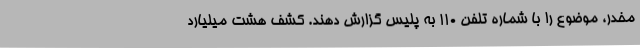
مخدر، موضوع را با شماره تلفن 110 به پلیس گزارش دهند. کشف هشت میلیارد